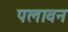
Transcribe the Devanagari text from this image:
पलावन